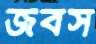
জবস